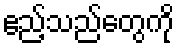
ဧည့်သည်တွေကို